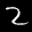
Digit: 2